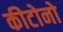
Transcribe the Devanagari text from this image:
कीटोनो